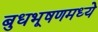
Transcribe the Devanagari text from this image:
बुधभूषणमध्ये